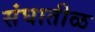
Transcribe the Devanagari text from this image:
संघातीळ